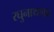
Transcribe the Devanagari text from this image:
रघुनाथगढ